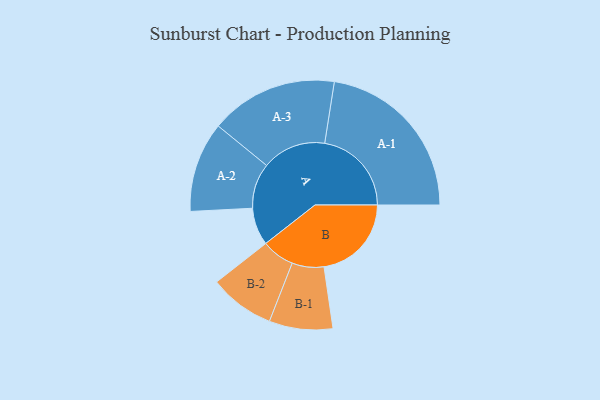
{"axis": {"x": "Segment", "y": "Value"}, "legend": ["", "A", "B"], "data": [{"x": "A", "y": 118, "type": ""}, {"x": "B", "y": 275, "type": ""}, {"x": "A-1", "y": 273, "type": "A"}, {"x": "A-2", "y": 142, "type": "A"}, {"x": "A-3", "y": 201, "type": "A"}, {"x": "B-1", "y": 100, "type": "B"}, {"x": "B-2", "y": 103, "type": "B"}]}